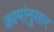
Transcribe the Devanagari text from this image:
कामांनुसार